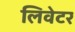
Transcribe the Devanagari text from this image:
लिवेटर